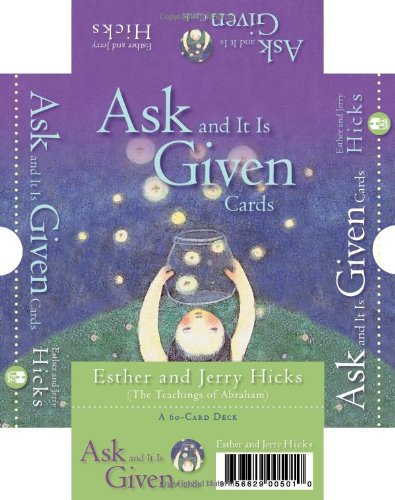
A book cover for Ask And It Is Given Cards: A 60-Card Deck plus Dear Friends card; Esther Hicks; Religion & Spirituality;